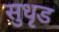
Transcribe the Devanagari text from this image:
सुधृड